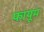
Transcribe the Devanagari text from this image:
फायूम